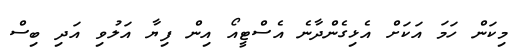
މިކަން ހަމަ އަކަށް އެޅިގެންދާނެ އެސްޓީއޯ އިން ފިޔާ އަލުވި އަދި ބިސް